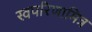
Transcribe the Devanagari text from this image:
स्वपरिणामित्र